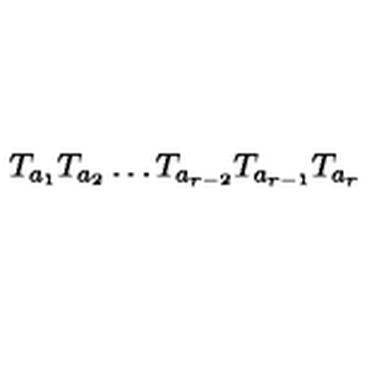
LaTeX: T _ { a _ { 1 } } T _ { a _ { 2 } } \ldots T _ { a _ { r - 2 } } T _ { a _ { r - 1 } } T _ { a _ { r } }